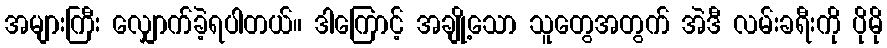
အများကြီး လျှောက်ခဲ့ရပါတယ်။ ဒါကြောင့် အချို့သော သူတွေအတွက် အဲဒီ လမ်းခရီးကို ပိုမို